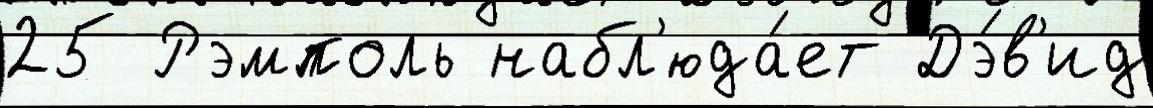
25 Рэмполь набл'юда́ет Дэ́в'ид